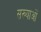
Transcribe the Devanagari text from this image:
सख्याओं